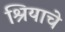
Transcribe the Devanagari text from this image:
श्रियाचे